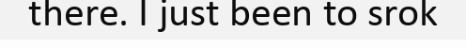
there. I just been to srok